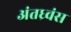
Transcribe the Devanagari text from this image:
अंतध्र्वंस